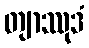
တျာဿုဒံ